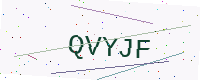
Text: QVYJF